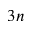
3 n